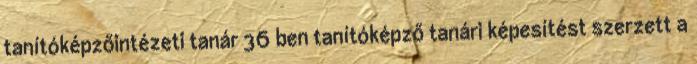
tanítóképzőintézeti tanár 36 ben tanítóképző tanári képesítést szerzett a